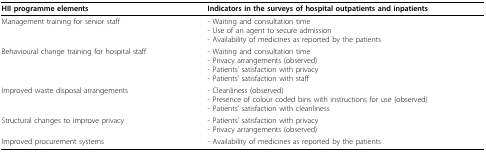
<table><thead><tr><td><b>HII programme elements</b></td><td><b>Indicators in the surveys of hospital outpatients and inpatients</b></td></tr></thead><tbody><tr><td>Management training for senior staff</td><td>- Waiting and consultation time- Use of an agent to secure admission- Availability of medicines as reported by the patients</td></tr><tr><td>Behavioural change training for hospital staff</td><td>- Waiting and consultation time- Privacy arrangements (observed)- Patients&#x27; satisfaction with privacy- Patients&#x27; satisfaction with staff</td></tr><tr><td>Improved waste disposal arrangements</td><td>- Cleanliness (observed)- Presence of colour coded bins with instructions for use (observed)- Patients&#x27; satisfaction with cleanliness</td></tr><tr><td>Structural changes to improve privacy</td><td>- Patients&#x27; satisfaction with privacy- Privacy arrangements (observed)</td></tr><tr><td>Improved procurement systems</td><td>- Availability of medicines as reported by the patients</td></tr></tbody></table>